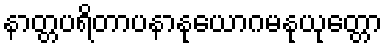
နာတ္တပရိတာပနာနုယောဂမနုယုတ္တော